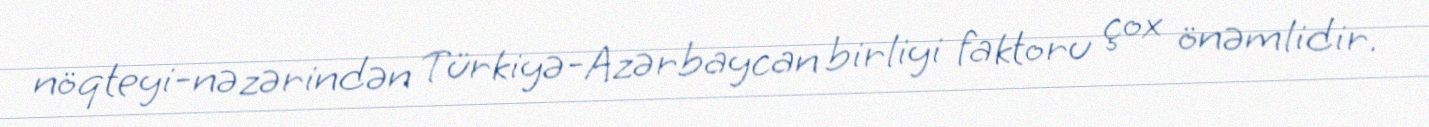
nöqteyi-nəzərindən Türkiyə-Azərbaycan birliyi faktoru çox önəmlidir.